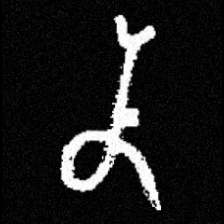
Pyu character \u2014 Myanmar letter: န (romanized: na)